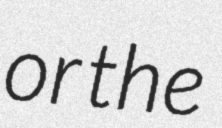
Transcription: or the